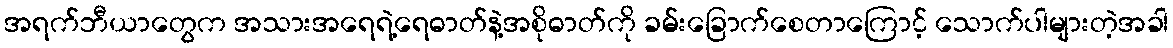
အရက်ဘီယာတွေက အသားအရေရဲ့ရေဓာတ်နဲ့အစိုဓာတ်ကို ခမ်းခြောက်စေတာကြောင့် သောက်ပါများတဲ့အခါ